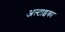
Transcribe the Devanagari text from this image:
अल्टाइका